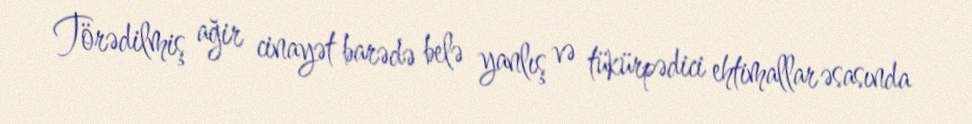
Törədilmiş ağir cinayət barədə belə yanlış və tükürpədici ehtimallar əsasında